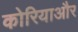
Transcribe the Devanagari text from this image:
कोरियाऔर